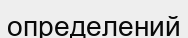
определений